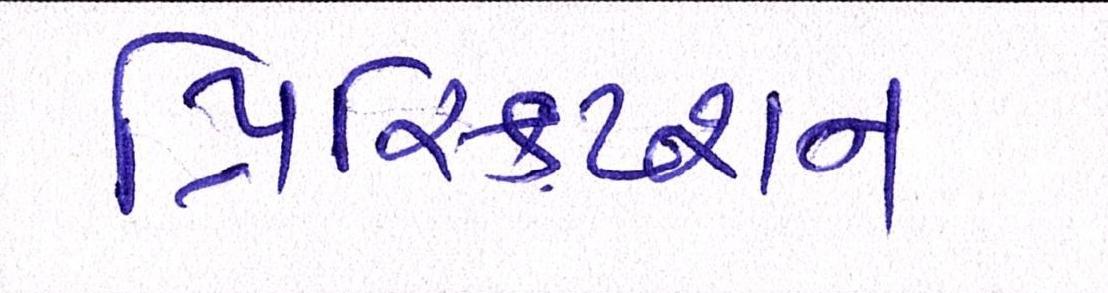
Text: પ્રિસ્ક્રિપ્શન